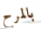
بالمرح